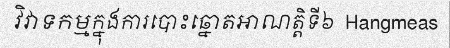
វិវាទកម្មក្នុងការបោះឆ្នោតអាណត្តិទី៦  Hangmeas